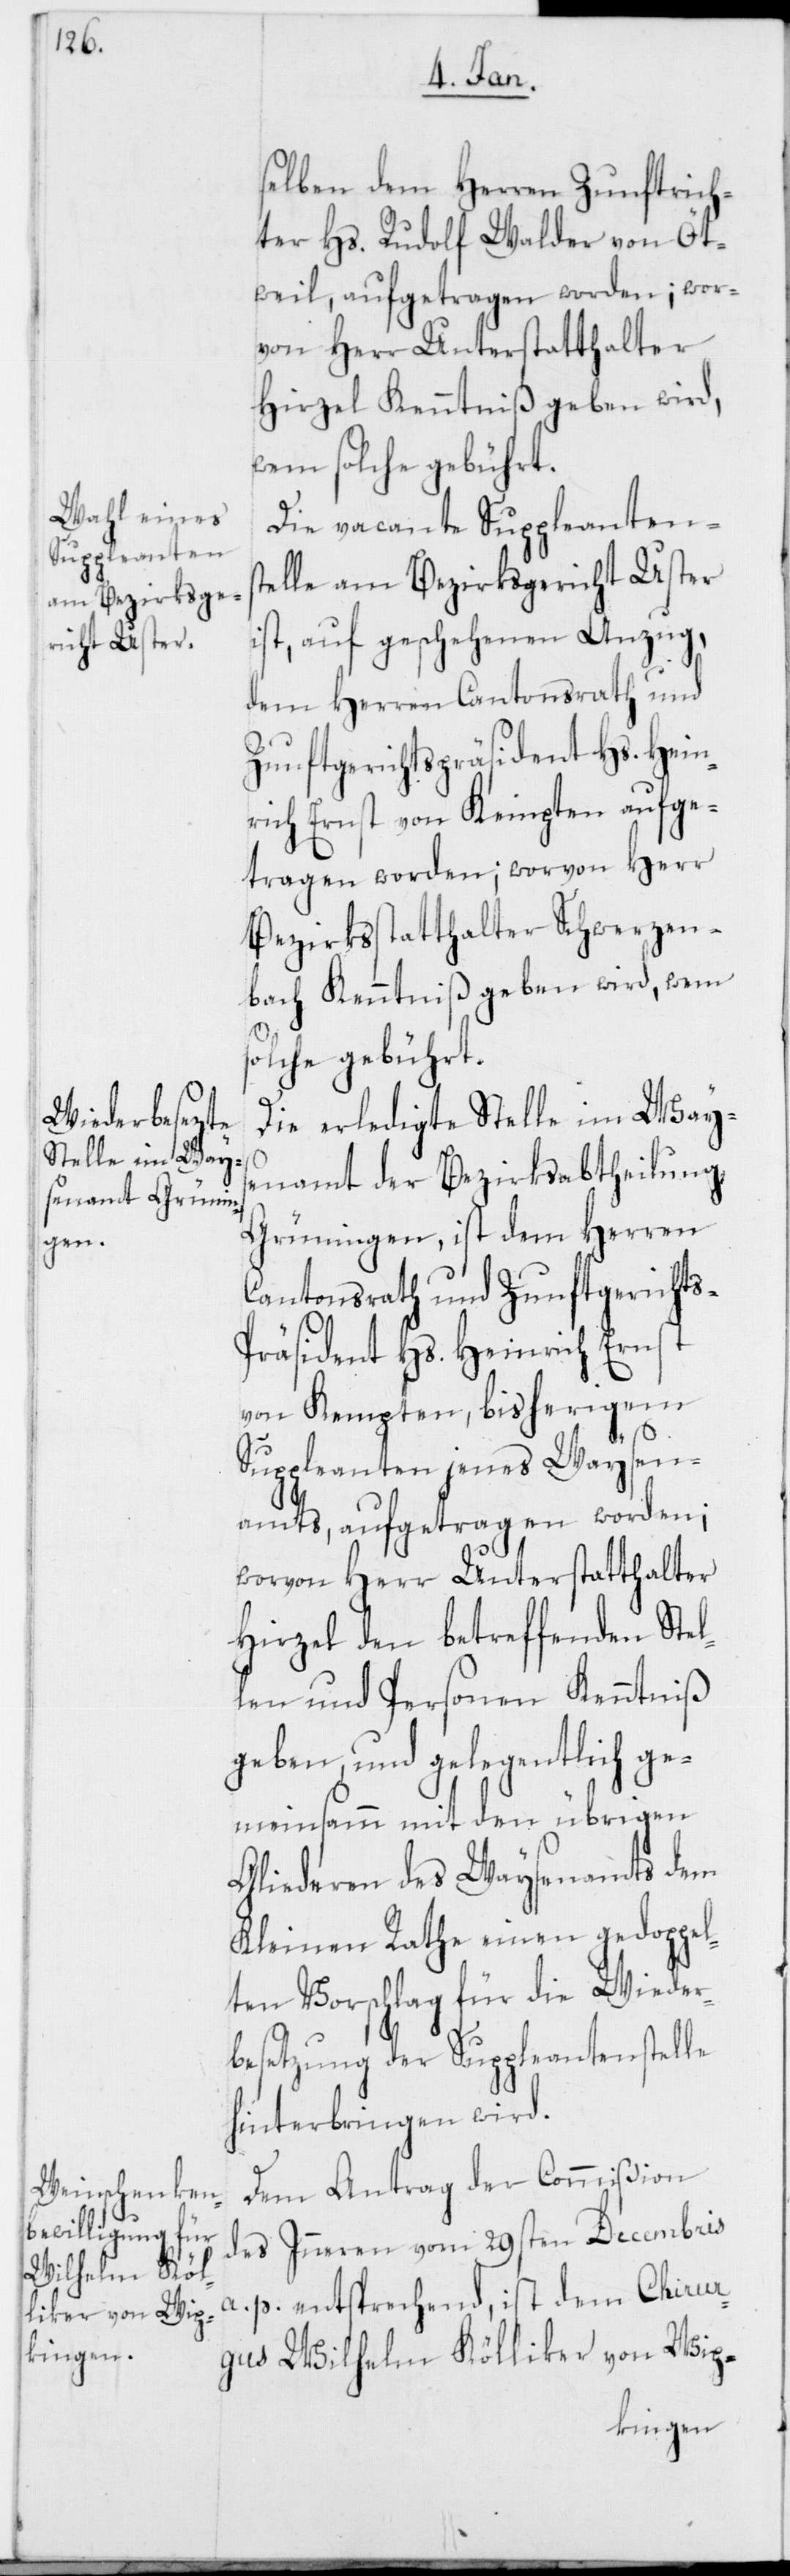
selben dem Herren Zunftrich¬
ter Hs. Rudolf Walder von Öt¬
wil, aufgetragen worden; wor¬
von Herr Unterstatthalter
Hirzel Kenntniß geben wird,
solche gebührt.
Die vacante Suppleantens¬
telle am Bezirksgericht Uster
ist, auf geschehenen Anzug,
dem Herren Cantonsrath und
Zunftgerichtspräsident Hs. Hein¬
rich Ernst von Kempten aufge¬
tragen worden; worvon Herr
Bezirksstatthalter Schwerzen¬
bach Kenntniß geben wird, wem
Die erledigte Stelle im Ways¬
enamt der Bezirksabtheilung
Grüningen, ist dem Herren
Cantonsrath und Zunftgerichts-P¬
räsident Hs. Heinrich Ernst
von Kempten, bisherigem
Suppleanten jenes Waysen¬
amts, aufgetragen worden;
worvon Herr Unterstatthalter
Hirzel den betreffenden Stel¬
len und Personen Kenntniß
geben, und gelegentlich ge¬
meinsamm mit den übrigen
Gliederen des Waysenamts dem
Kleinen Rathe einen gedoppel¬
ten Vorschlag für die Wieder¬
besetzung der Suppleantenstelle
hinterbringen wird.
Dem Antrag der Commißion
des Inneren vom 29sten Decembris
a. p. entsprechend, ist dem Chirur¬
gus Wilhelm Kölliker von Wip-